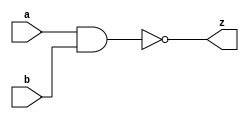
`timescale 1ns / 1ps
//////////////////////////////////////////////////////////////////////////////////
// Company: 
// Engineer: 
// 
// Design Name: 
// Module Name: 
// Project Name: 
// Target Devices: 
// Tool Versions: 
// Description: 
// 
// Dependencies: 
// 
// Revision:
// Revision 0.01 - File Created
// Additional Comments:
// 
//////////////////////////////////////////////////////////////////////////////////

module NAND_gate(input a, input b, output z);
    assign z = ~(a & b);
endmodule


module SR_latch(input S, input R, output Q, output Qn);
    //intermediate wires
    wire S_nand;
    wire R_nand;
    
    //instantuate NAND gates
    NAND_gate gate1(S,S,S_nand);
    NAND_gate gate2(R,R,R_nand);
    NAND_gate gate3(S_nand, Qn, Q);
    NAND_gate gate4(R_nand, Q, Qn);
endmodule

module SR_latch_EN(input S, input R, input EN, output Q, output Qn);
    //intermediate wires
    wire SEN;
    wire REN;
    
    NAND_gate gate1(S, EN, SEN);
    NAND_gate gate2(R, EN, REN);
    NAND_gate gate3(SEN, Qn, Q);
    NAND_gate gate4(REN, Q, Qn);
endmodule

module D_latch(input D, input EN, output Q, output Qn);
    //intermediate wires
    wire D_EN;
    wire D_comp;
    wire Dcomp_EN;
    
    NAND_gate gate(D, EN, D_EN);
    NAND_gate gate1(D, D, D_comp);
    NAND_gate gate2(D_comp, EN, Dcomp_EN);
    NAND_gate gate3(D_EN, Qn, Q);
    NAND_gate gate4(Dcomp_EN, Q, Qn);
endmodule

module D_flip_flop(input D, input clk, output Q, output Qn);
    //intermediate wires 
    wire Q1, Qn1;
    
    D_latch latch1(D, clk, Q1, Qn1);
    D_latch latch2(Q1, ~clk, Q, Qn); 
endmodule

module SR_flip_flop(input  S, input  R, input  clk, output Q, output Q_neg);
    wire clk_neg, clk_neg_neg, Q_int, Q_neg_int;
    
    NAND_gate clk_NOT(clk, clk, clk_neg);
    NAND_gate clk_NOT_NOT(clk_neg, clk_neg, clk_neg_neg);

    SR_latch_EN sr_1(S, R, clk_neg, Q_int, Q_neg_int);
    SR_latch_EN sr_2(Q_int, Q_neg_int, clk_neg_neg, Q, Q_neg);
endmodule

module JK_flip_flop(input  J, input  K, input clk, output Q, output Q_neg);
    
    wire K_comp, J_Q_neg, K_comp_Q, JK, JK_comp;
    
    NAND_gate K_NOT(K, K, K_comp);
    NAND_gate J_NAND_Q_NOT(J, Q_neg, J_Q_neg);
    NAND_gate K_NOT_NAND_Q(K_comp, Q, K_comp_Q);
    NAND_gate J_K(J_Q_neg , K_comp_Q, JK);
    NAND_gate J_K_NOT(JK, JK, JK_comp);
    
    SR_flip_flop JK_ff(JK, JK_comp, clk, Q, Q_neg);
    
endmodule

module MUX(input I0, input I1, input s, output o);
    assign o = (s == 0) ? I0 : I1;
endmodule

module asynch_counter(input clk, input set, output[3:0] bits);
   //intermediate wires
    wire Q0, Q1, Q2, Q3;
    wire Qn0, Qn1, Qn2, Qn3;
    wire Qs_nand, logic_0, J, K;
    wire clk_1, ff1_clk, ff2_clk, ff3_clk;
    
    assign K = 1;
    assign logic_0 = 0;
    assign Qs_nand = ~(Q1 & Q2 & Q3);
    
    MUX mux_ff0(Qs_nand, logic_0, set, J);
    JK_flip_flop ff0(J, K, clk, Q0, Qn0);
    
    MUX clk_mux(Qn0, clk, ~Qs_nand, clk_1);
    
    MUX mux_ff1(clk_1, clk, set, ff1_clk);
    JK_flip_flop ff1(J, K, ff1_clk, Q1, Qn1);
    
    MUX mux_ff2(Qn1, clk, set, ff2_clk);
    JK_flip_flop ff2(J, K, ff2_clk, Q2, Qn2);

    MUX mux_ff3(Qn2, clk, set, ff3_clk);
    JK_flip_flop ff3(J, K, ff3_clk, Q3, Qn3); 
    
    assign bits[0] = Q0;  
    assign bits[1] = Q1;  
    assign bits[2] = Q2;  
    assign bits[3] = Q3;  
endmodule

module synch_counter(input clk, input set, output[3:0] bits);
    //intermediate wires
    wire Q0, Q1, Q2, Q3;
    wire Qn0, Qn1, Qn2, Qn3;      
    wire J0, J1, J2, J3;
    wire K0, K1, K2, K3;                            
    wire and_1, and_2, and_3, or_1, or_2, or_3;
    wire Qs_nand, logic_0, logic_1;
    
    assign logic_0 = 0;
    assign logic_1 = 1;
    assign Qs_nand = ~(Q1 & Q2 & Q3);
    
    assign and_1 = Q0 & Qs_nand;
    assign or_1 = and_1 | ~Qs_nand;
    assign and_2 = Q1 & or_1;
    assign or_2 = and_2 | ~Qs_nand;
    assign and_3 = Q2 & or_2;
    assign or_3 = and_3 | ~Qs_nand;

    MUX ff0_J(Qs_nand, logic_0, set, J0);
    MUX ff0_K(Qs_nand, logic_1, set, K0);
    
    MUX ff1_J(or_1, logic_0, set, J1);
    MUX ff1_K(or_1, logic_1, set, K1);
    
    MUX ff2_J(or_2, logic_0, set, J2);
    MUX ff2_K(or_2, logic_1, set, K2);
    
    MUX ff3_J(or_3, logic_0, set, J3);
    MUX ff3_K(or_3, logic_1, set, K3);

    JK_flip_flop ff0(J0, K0, clk, Q0, Qn0);
    JK_flip_flop ff1(J1, K1, clk, Q1, Qn1);
    JK_flip_flop ff2(J2, K2, clk, Q2, Qn2);
    JK_flip_flop ff3(J3, K3, clk, Q3, Qn3);  
    
    assign bits[0] = Q0;
    assign bits[1] = Q1;
    assign bits[2] = Q2;
    assign bits[3] = Q3;
endmodule

module pulse_generator(input[15:0] I, input clk, input load, output O);
    reg[15:0] data_reg;
    always@(posedge clk) begin
        if(load) begin
            data_reg = I;
        end
        else begin
            data_reg[0] <= data_reg[15] ;
            data_reg[15] <= data_reg[14] ;
            data_reg[14] <= data_reg[13] ;
            data_reg[13] <= data_reg[12] ;
            data_reg[12] <= data_reg[11] ;
            data_reg[11] <= data_reg[10] ;
            data_reg[10] <= data_reg[9] ;
            data_reg[9] <= data_reg[8] ;  
            data_reg[8] <= data_reg[7] ;
            data_reg[7] <= data_reg[6] ;
            data_reg[6] <= data_reg[5] ;
            data_reg[5] <= data_reg[4] ;
            data_reg[4] <= data_reg[3] ;
            data_reg[3] <= data_reg[2] ;
            data_reg[2] <= data_reg[1] ;
            data_reg[1] <= data_reg[0] ;                        
        end
    end
    
    assign O = data_reg[15];
endmodule